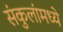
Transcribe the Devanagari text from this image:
संकुलांमध्ये